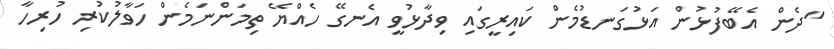
"ދެން އެބޭފުޅުން އަޅުގަނޑުމެން ކައިރީގައި ވިދާޅުވީ އެނގޭ ހެއްޔޭ ތިމަންނަމެން ހަވާލުކުރި ހުރިހާ